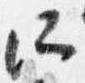
所